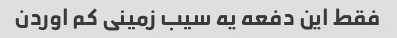
فقط این دفعه یه سیب زمینی کم اوردن